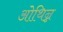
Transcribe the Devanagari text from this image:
ओथिन्न